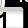
Digit: 1